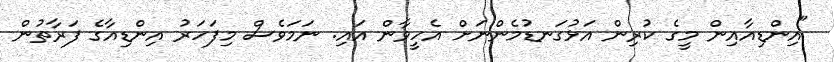
"އިންޑިއާއިން މީގެ ކުރިން އަޅުގަނޑުމެންނަށް އެހީވާން އައި. ނަމަވެސް މިފަހަރު އިންޑިއާގެ ފަރާތުން